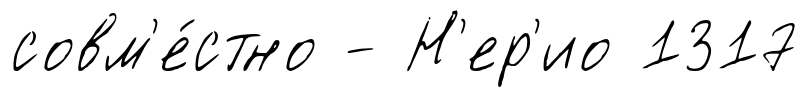
совм'е́стно - Н'ер'ио 1317